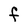
Character: f